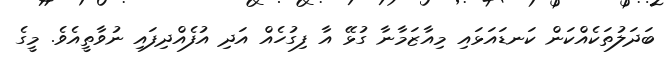
ބަދަލުތަކެއްކަން ކަނޑައަޅައި މިއާޒަމާނާ ގުޅޭ އާ ފިގުހެއް އަދި އުފެއްދިފައި ނުވާތީއެވެ. މީގެ